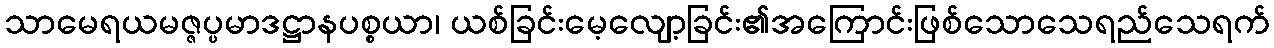
သာမေရယမဇ္ဇပ္ပမာဒဋ္ဌာနပစ္စယာ၊ ယစ်ခြင်းမေ့လျော့ခြင်း၏အကြောင်းဖြစ်သောသေရည်သေရက်